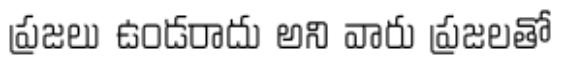
ప్రజలు ఉండరాదు అని వారు ప్రజలతో